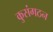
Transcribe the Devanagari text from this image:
कुसंगठन